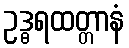
ဥဒ္ဓရထတ္တာနံ